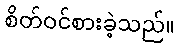
စိတ်ဝင်စားခဲ့သည်။